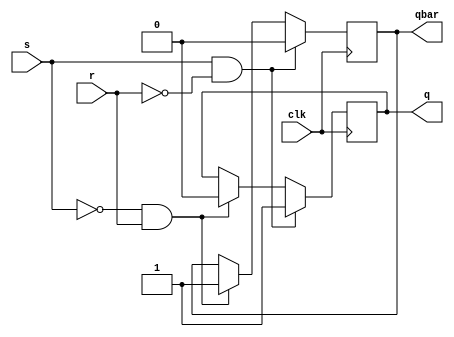
module sr_flip_flop (
    input clk,
    input s,
    input r,
    output reg q,
    output reg qbar
);

always @(posedge clk) begin
    if (s && !r) begin
        q <= 1;
        qbar <= 0;
    end else if (!s && r) begin
        q <= 0;
        qbar <= 1;
    end else begin
        q <= q;
        qbar <= qbar;
    end
end

endmodule